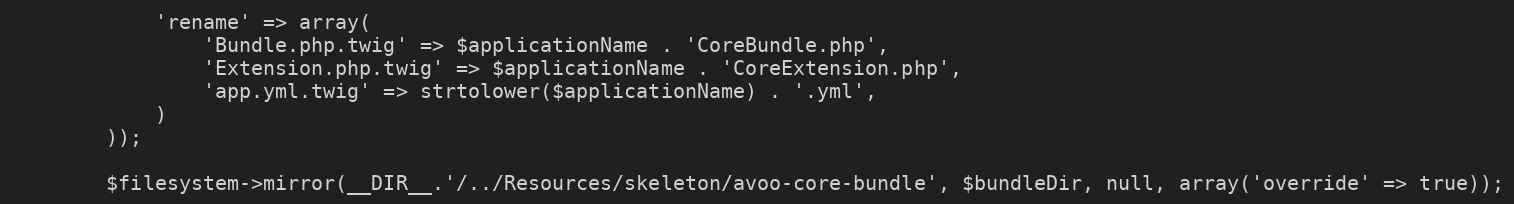
Language: PHP
            'rename' => array(
                'Bundle.php.twig' => $applicationName . 'CoreBundle.php',
                'Extension.php.twig' => $applicationName . 'CoreExtension.php',
                'app.yml.twig' => strtolower($applicationName) . '.yml',
            )
        ));

        $filesystem->mirror(__DIR__.'/../Resources/skeleton/avoo-core-bundle', $bundleDir, null, array('override' => true));